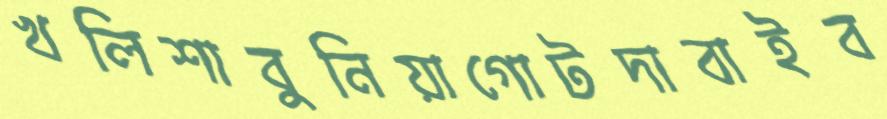
খলিশাবুনিয়াগোটদাবাইব